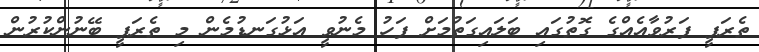
ތެރަޕީ ފަރުވާއެއްގެ ގޮތުގައި ބަލައިގަތުމަށް ފަހު މެނުވީ އަޅުގަނޑުމެން މި ތެރަޕީ ބޭނުންކުރުން